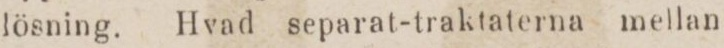
lösning. Hvad separat-traktaterna mellan